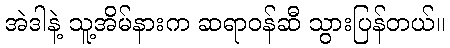
အဲဒါနဲ့ သူ့အိမ်နားက ဆရာဝန်ဆီ သွားပြန်တယ်။